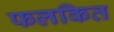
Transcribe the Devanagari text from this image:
फलकित